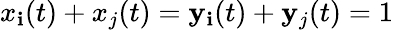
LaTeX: x_{\mathbf{i}}(t)+x_{j}(t)=\mathbf{y}_{\mathbf{i}}(t)+\mathbf{y}_{j}(t)=1